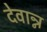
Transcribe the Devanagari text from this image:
देवान्न